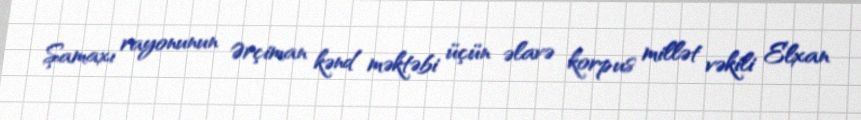
Şamaxı rayonunun Ərçiman kənd məktəbi üçün əlavə korpus millət vəkili Elxan